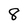
Character: 8